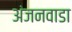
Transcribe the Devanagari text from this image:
अंजनवाडा